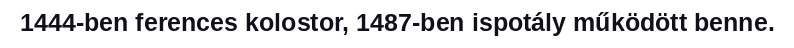
1444-ben ferences kolostor, 1487-ben ispotály működött benne.